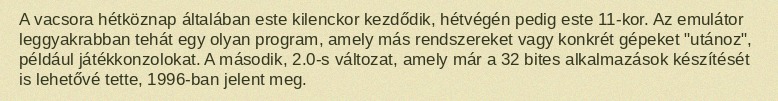
A vacsora hétköznap általában este kilenckor kezdődik, hétvégén pedig este 11-kor. Az emulátor leggyakrabban tehát egy olyan program, amely más rendszereket vagy konkrét gépeket "utánoz", például játékkonzolokat. A második, 2.0-s változat, amely már a 32 bites alkalmazások készítését is lehetővé tette, 1996-ban jelent meg.